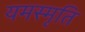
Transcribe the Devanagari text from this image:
यमस्मृति